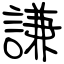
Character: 謙